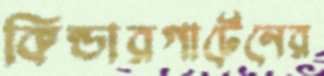
কিন্ডারগার্টেনের